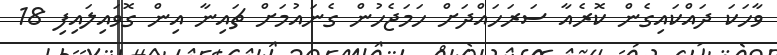
ވާހަކަ ދައްކައިގެން ކޮރެއާ ސަރަަހައްދަށް ހަމަޖެހުން ގެނައުމަށް ޗައިނާ އިން ގޮވައިލައިފި 18